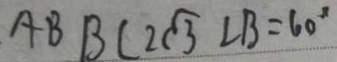
A B B C 2 \sqrt { 3 } \angle B = 6 0 ^ { \circ }